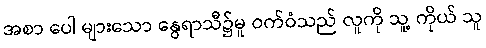
အစာ ပေါ များသော နွေရာသီ၌မူ ဝက်ဝံသည် လူကို သူ့ ကိုယ် သူ